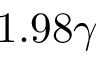
1 . 9 8 \gamma